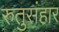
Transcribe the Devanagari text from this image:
रुतुसंहार